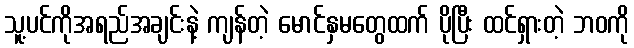
သူ့ပင်ကိုအရည်အချင်းနဲ့ ကျန်တဲ့ မောင်နှမတွေထက် ပိုပြီး ထင်ရှားတဲ့ ဘဝကို